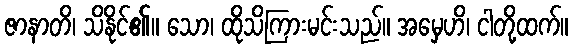
ဇာနာတိ၊ သိနိုင်၏။ သော၊ ထိုသိကြားမင်းသည်။ အမှေဟိ၊ ငါတို့ထက်။